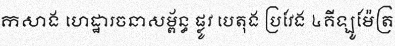
កសាង ហេដ្ឋារចនាសម្ព័ន្ធ ផ្លូវ បេតុង ប្រវែង ៤គីឡូម៉ែត្រ